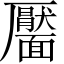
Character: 靨